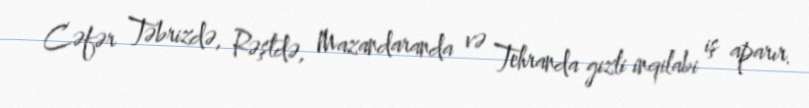
Cəfər Təbrizdə, Rəştdə, Mazandaranda və Tehranda gizli inqilabi iş aparır.